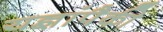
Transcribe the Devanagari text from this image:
यज्ञांपैकी